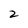
Character: 2